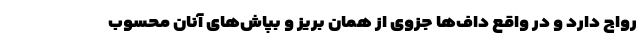
رواج دارد و در واقع داف‌ها جزوی از همان بریز و بپاش‌های آنان محسوب